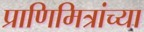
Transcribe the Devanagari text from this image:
प्राणिमित्रांच्या